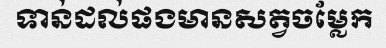
ទាន់ដល់ផងមានសត្វចម្លែក